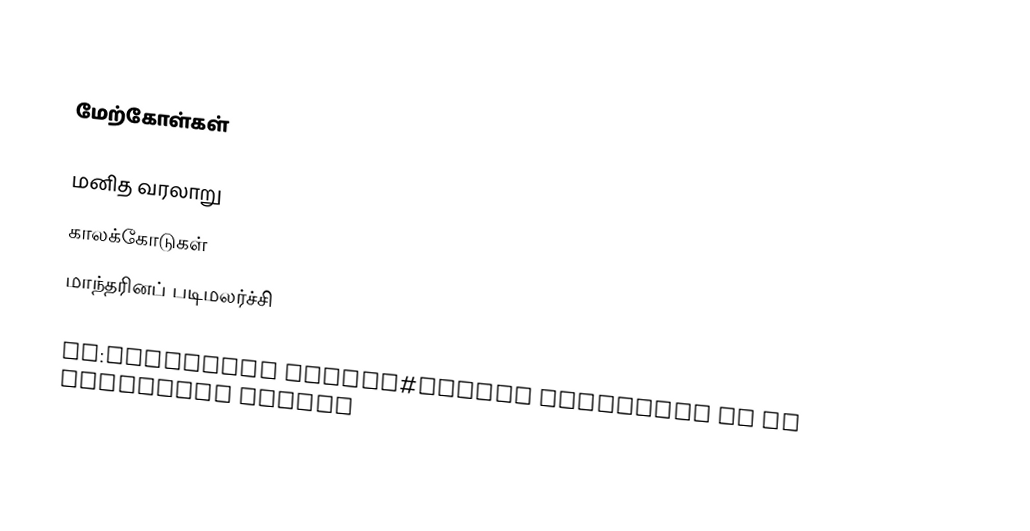

மேற்கோள்கள்

மனித வரலாறு
காலக்கோடுகள்
மாந்தரினப் படிமலர்ச்சி

es:Evolución humana#Cuadro sinóptico de la evolución humana